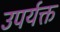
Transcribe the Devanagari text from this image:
उपर्यक्त